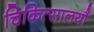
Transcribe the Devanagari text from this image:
चिकित्सालयौं